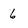
Character: 6